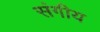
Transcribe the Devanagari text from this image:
संगीय